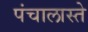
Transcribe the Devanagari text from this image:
पंचालास्ते